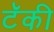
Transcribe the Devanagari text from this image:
टॅकी